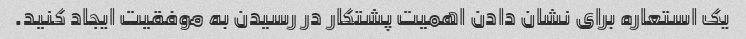
یک استعاره برای نشان دادن اهمیت پشتکار در رسیدن به موفقیت ایجاد کنید.